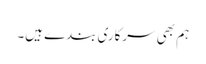
ہم بھی سرکاری بندے ہیں۔